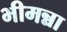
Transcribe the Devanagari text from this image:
भीमन्ना